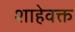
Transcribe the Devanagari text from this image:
शाहेवक्त